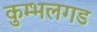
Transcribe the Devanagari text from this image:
कुम्भलगड